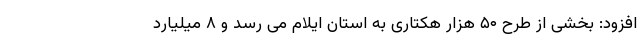
افزود: بخشی از طرح ۵۰ هزار هکتاری به استان ایلام می رسد و ۸ میلیارد